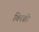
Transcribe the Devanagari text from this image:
बिरञ्ची